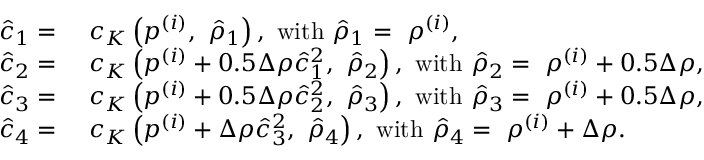
\begin{array} { r l } { \hat { c } _ { 1 } = } & { ~ c _ { K } \left( p ^ { ( i ) } , ~ \hat { \rho } _ { 1 } \right) , ~ \mathrm { w i t h } ~ \hat { \rho } _ { 1 } = ~ \rho ^ { ( i ) } , } \\ { \hat { c } _ { 2 } = } & { ~ c _ { K } \left( p ^ { ( i ) } + 0 . 5 \Delta \rho \hat { c } _ { 1 } ^ { 2 } , ~ \hat { \rho } _ { 2 } \right) , ~ \mathrm { w i t h } ~ \hat { \rho } _ { 2 } = ~ \rho ^ { ( i ) } + 0 . 5 \Delta \rho , } \\ { \hat { c } _ { 3 } = } & { ~ c _ { K } \left( p ^ { ( i ) } + 0 . 5 \Delta \rho \hat { c } _ { 2 } ^ { 2 } , ~ \hat { \rho } _ { 3 } \right) , ~ \mathrm { w i t h } ~ \hat { \rho } _ { 3 } = ~ \rho ^ { ( i ) } + 0 . 5 \Delta \rho , } \\ { \hat { c } _ { 4 } = } & { ~ c _ { K } \left( p ^ { ( i ) } + \Delta \rho \hat { c } _ { 3 } ^ { 2 } , ~ \hat { \rho } _ { 4 } \right) , ~ \mathrm { w i t h } ~ \hat { \rho } _ { 4 } = ~ \rho ^ { ( i ) } + \Delta \rho . } \end{array}